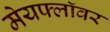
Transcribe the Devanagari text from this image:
मेयफ्लाॅवर